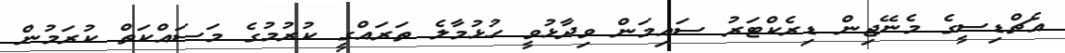
އެޗްޑިސީގެ މެނޭޖިން ޑިރެކްޓަރު ސައިމަން ވިދާޅުވީ ހުޅުމާލެ ތަރައްގީ ކުރުމުގެ މަސައްކަތް ކުރަމުން